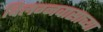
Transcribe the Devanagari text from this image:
विलग्नवासाच्या